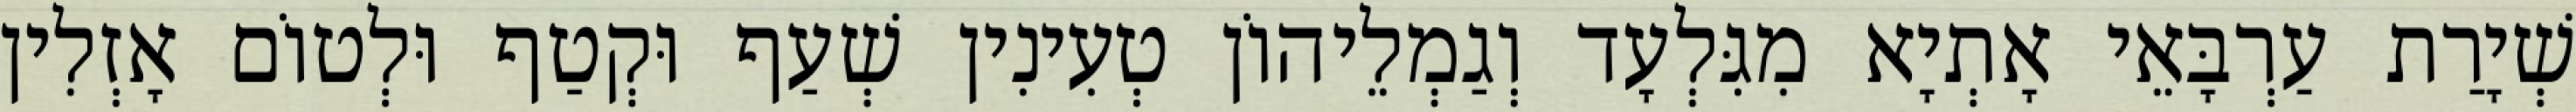
שְׁיָרַת עַרְבָּאֵי אָתְיָא מִגִּלְעָד וְגַמְלֵיהוֹן טְעִינִין שְׁעַף וּקְטַף וּלְטוֹם אָזְלִין